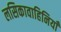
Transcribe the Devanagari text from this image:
लसिकावाहिनियाँ